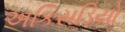
અકિસડિયો